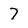
Character: 7